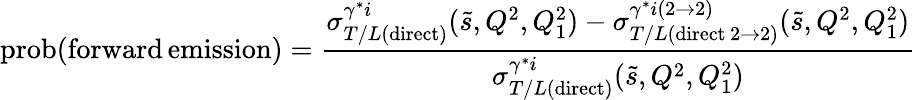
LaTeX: \mathrm{prob}(\mathrm{forward}\, \mathrm{emission})=\frac{\sigma_{T/L(\mathrm{direct})}^{\gamma^{*}i}(\tilde{s},Q^{2},Q_{1}^{2})-\sigma_{T/L(\mathrm{direct}\, 2\rightarrow 2)}^{\gamma^{*}i(2\rightarrow 2)}(\tilde{s},Q^{2},Q_{1}^{2})}{\sigma_{T/L(\mathrm{direct})}^{\gamma^{*}i}(\tilde{s},Q^{2},Q_{1}^{2})}